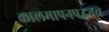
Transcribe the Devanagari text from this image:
कालमापनपद्धतच